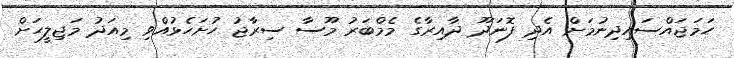
ހަމަޖައްސައިދިނުމަށް އެދި ފޮނަދޫ ދާއިރާގެ މެމްބަރު މޫސާ ސިރާޖު ހުށަހެޅުއްވި މިއަދު މަޖިލީހަށް